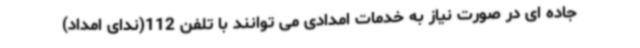
جاده ای در صورت نیاز به خدمات امدادی می توانند با تلفن 112(ندای امداد)